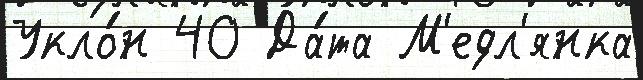
Укло́н 40 Да́та М'едл'янка